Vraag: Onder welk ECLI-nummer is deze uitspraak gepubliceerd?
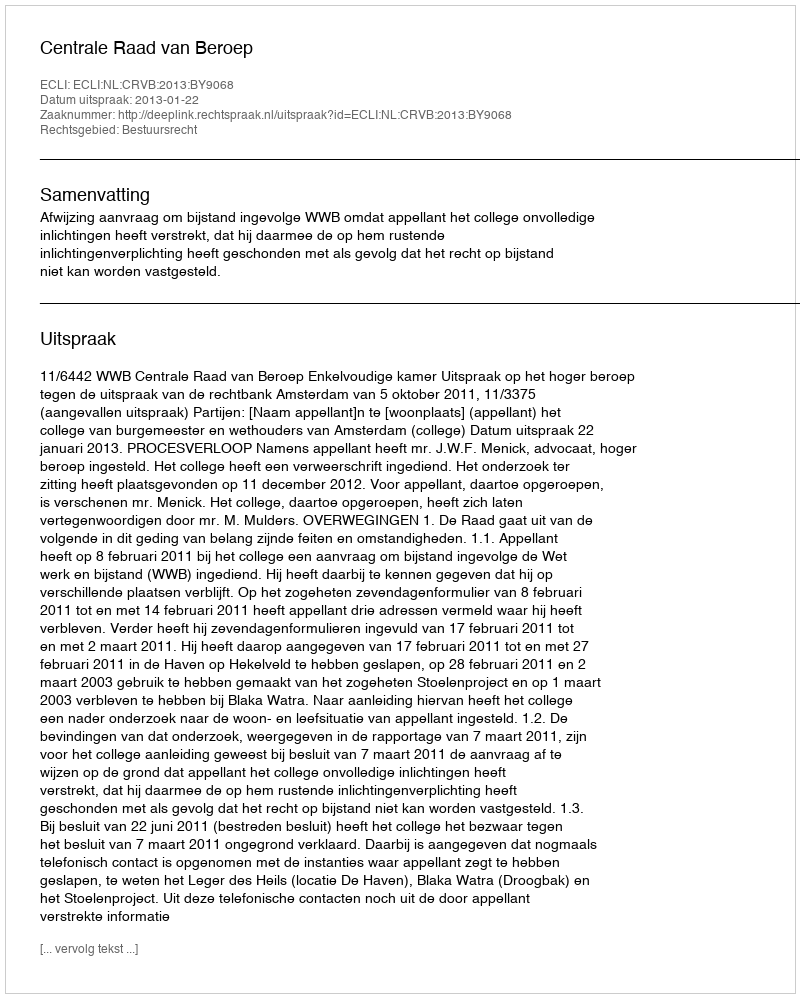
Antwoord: ECLI:NL:CRVB:2013:BY9068